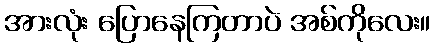
အားလုံး ပြောနေကြတာပဲ အစ်ကိုလေး။